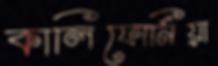
কালিফোর্নিয়া